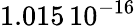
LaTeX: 1.015\, {10}^{-16}